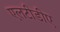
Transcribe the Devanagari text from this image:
एलटीडीए